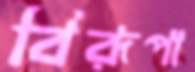
বিরূপা